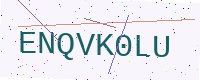
Text: ENQVK0LU